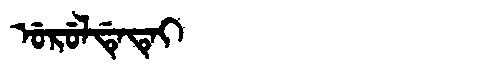
Manchu: ᡠᡵᡠᠯᡩᡝᡨᡝᡳ
Romanization: URULDETEI